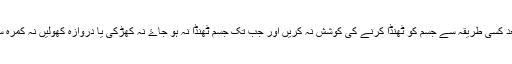
ورزش کے بعد کسی طریقہ سے جسم کو ٹھنڈا کرنے کی کوشش نہ کریں اور جب تک جسم ٹھنڈا نہ ہو جاۓ نہ کھڑکی یا دروازہ کھولیں نہ کمرہ سے باہر نکلیں۔